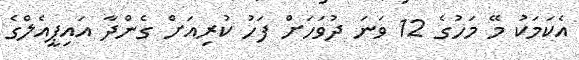
އެކަމަކު މޭ މަހުގެ 12 ވަނަ ދުވަހަށް ފަހު ކުރިއަށް ގެންދާ އައިޕީއެލްގެ